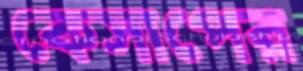
কেসাপের